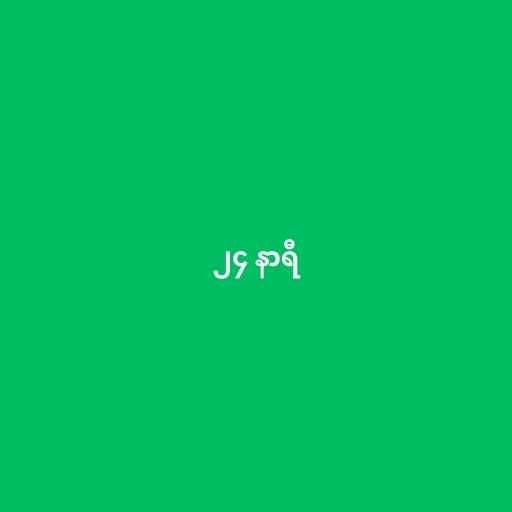
၂၄ နာရီ